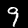
Digit: 9